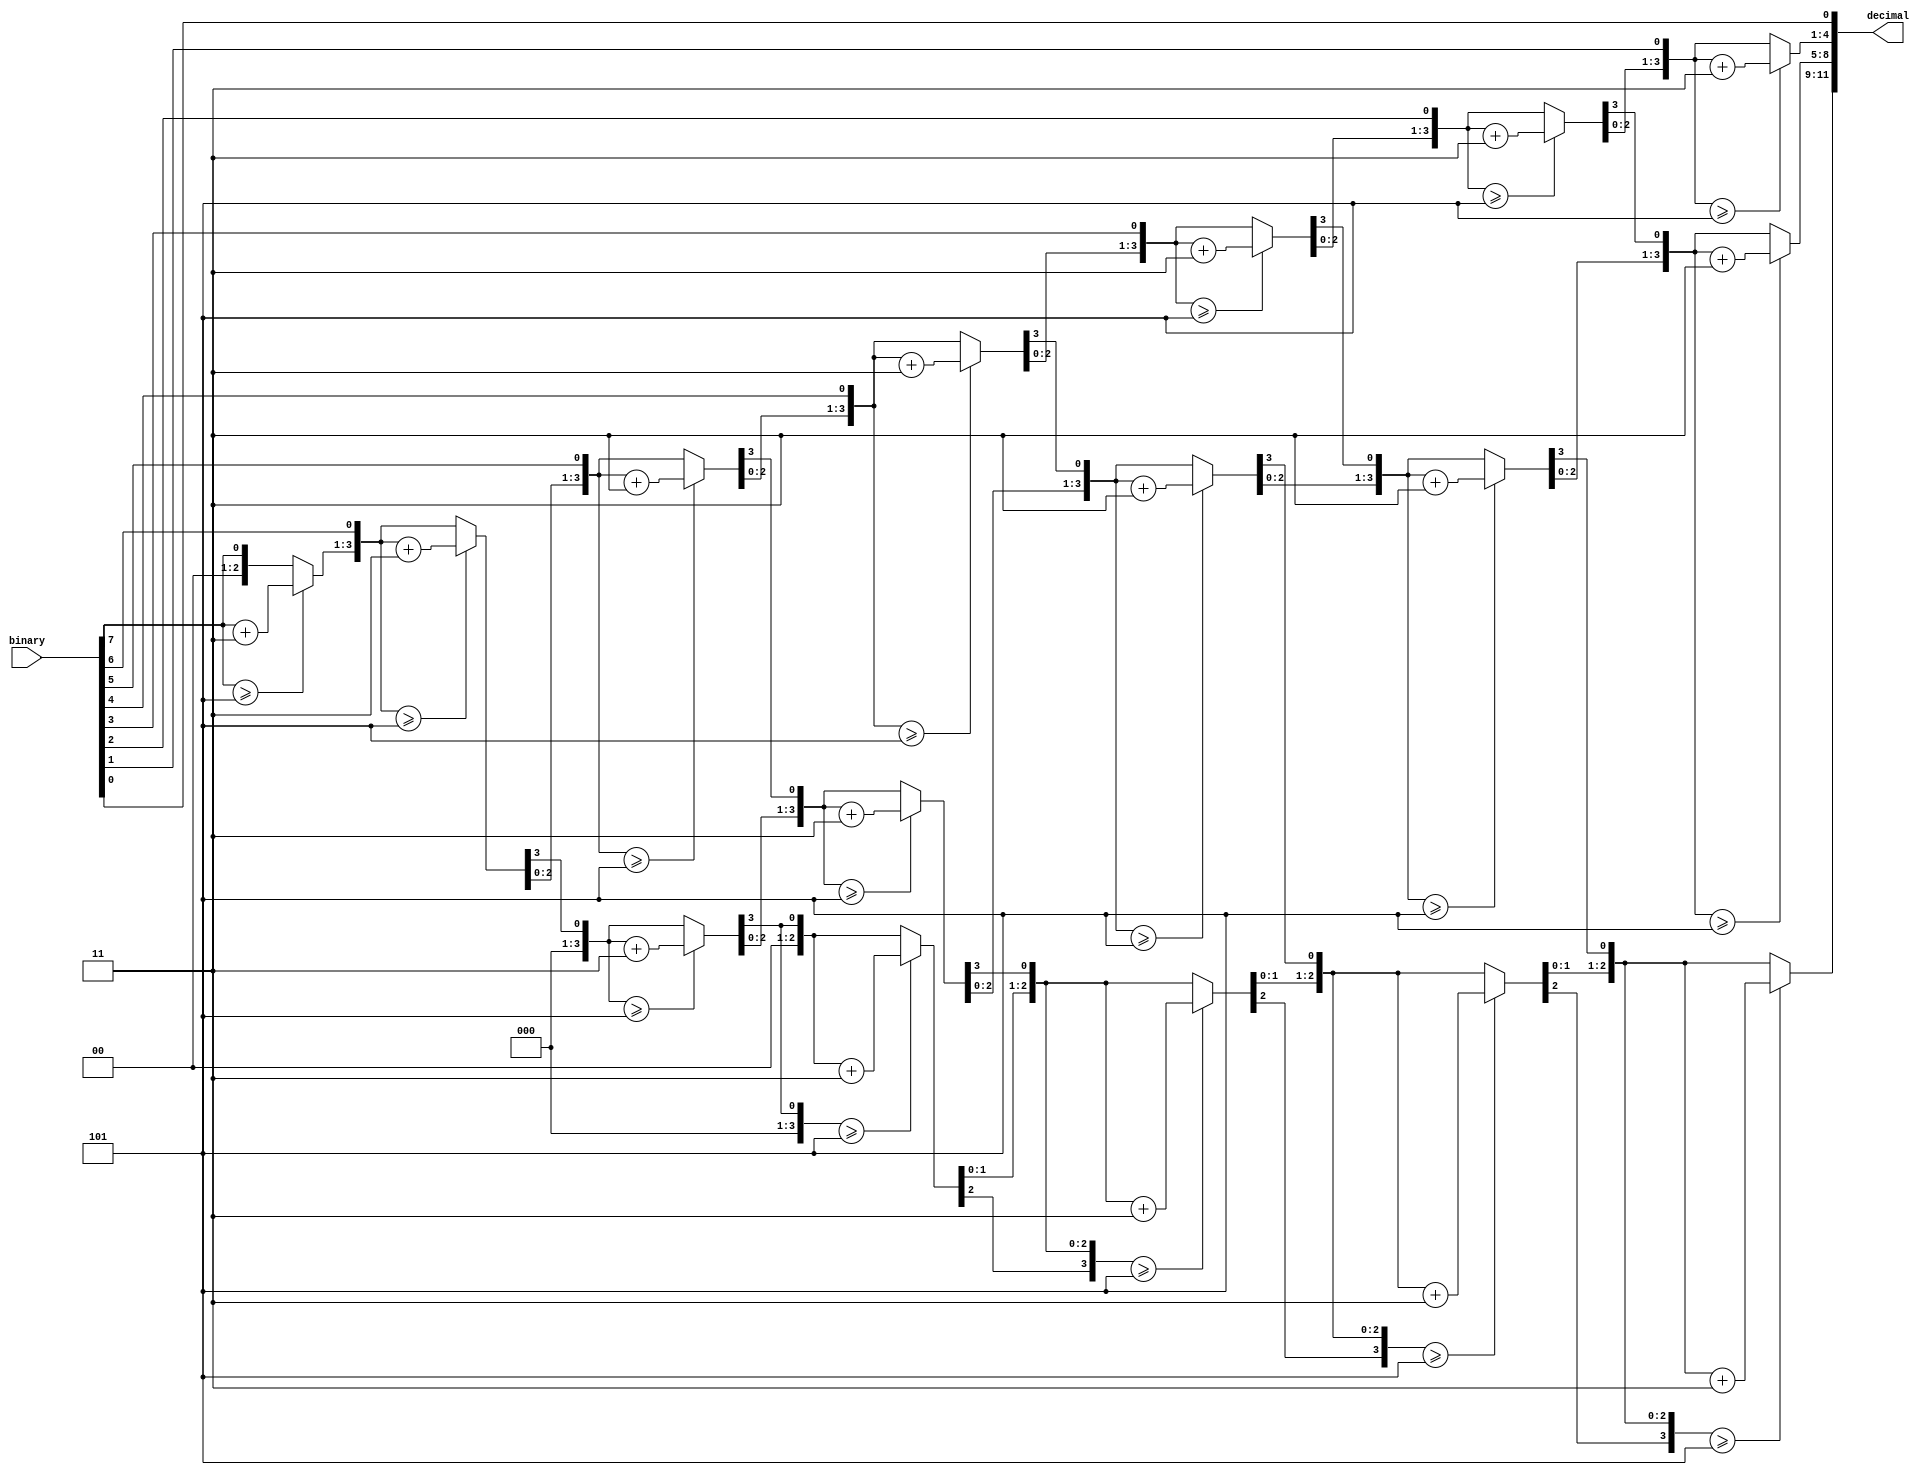
module BCD(
	input [7:0] binary,
	output [11:0] decimal
	);

	reg [3:0] Hundreds;
	reg [3:0] Tens;
	reg [3:0] Ones;
	
	assign decimal = {Hundreds, Tens, Ones};

	integer i;

	always @(*) begin
		Hundreds = 4'd0;
		Tens = 4'd0;
		Ones = 4'd0;

		for (i=7; i>=0; i = i - 1)
		begin
			if(Hundreds >= 5)	Hundreds = Hundreds + 3;
			if(Tens >= 5)		Tens = Tens + 3;
			if(Ones >= 5)		Ones = Ones + 3;

			Hundreds = Hundreds << 1;
			Hundreds[0] = Tens[3];
			Tens = Tens << 1;
			Tens[0] = Ones[3];
			Ones = Ones << 1;
			Ones[0] = binary[i];
		end
	end
endmodule